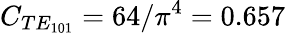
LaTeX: C_{TE_{101}}=64/\pi^{4}=0.657